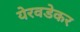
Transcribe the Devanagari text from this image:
येरवडेकर